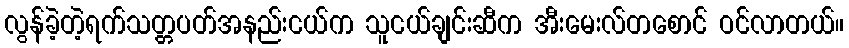
လွန်ခဲ့တဲ့ရက်သတ္တပတ်အနည်းငယ်က သူငယ်ချင်းဆီက အီးမေးလ်တစောင် ဝင်လာတယ်။